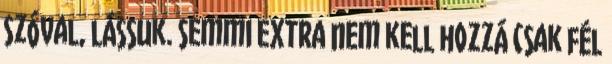
Szóval, lássuk. Semmi extra nem kell hozzá csak fél